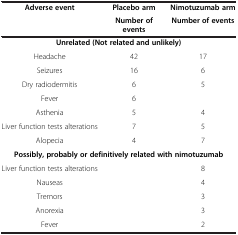
| <ROWSPAN=2> Adverse event | Placebo arm | Nimotuzumab arm |
 | Number of events | Number of events |
 | --- | --- | --- |
 | <COLSPAN=3> Unrelated (Not related and unlikely) |
 | Headache | 42 | 17 |
 | Seizures | 16 | 6 |
 | Dry radiodermitis | 6 | 5 |
 | Fever | 6 |  |
 | Asthenia | 5 | 4 |
 | Liver function tests alterations | 7 | 5 |
 | Alopecia | 4 | 7 |
 | <COLSPAN=3> Possibly, probably or definitively related with nimotuzumab |
 | Liver function tests alterations |  | 8 |
 | Nauseas |  | 4 |
 | Tremors |  | 3 |
 | Anorexia |  | 3 |
 | Fever |  | 2 |